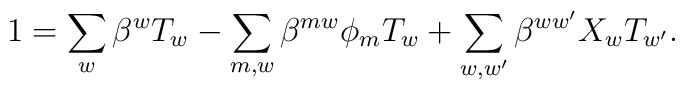
1 = \sum_{w}\beta^{w}T_{w} - \sum_{m,w}\beta^{mw}\phi_{m}T_{w} + \sum_{w,w^{\prime}} \beta^{ww^{\prime}}X_{w} T_{w^{\prime}}.